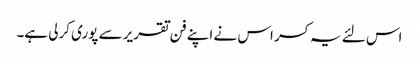
اس لئے یہ کسر اس نے اپنے فن تقریر سے پوری کرلی ہے۔